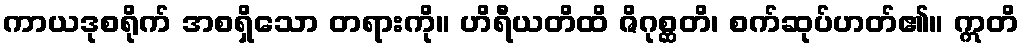
ကာယဒုစရိုက် အစရှိသော တရားကို။ ဟိရီယတိထိ ဇိဂုစ္ဆတိ၊ စက်ဆုပ်ဟတ်၏။ ဣတိ